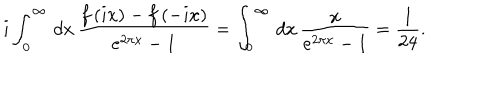
LaTeX: i \int _ { 0 } ^ { \infty } \, d x \, \frac { f \left( i x \right) - f \left( - i x \right) } { e ^ { 2 \pi x } - 1 } = \int _ { 0 } ^ { \infty } \, d x \, \frac { x } { e ^ { 2 \pi x } - 1 } = \frac { 1 } { 2 4 } .